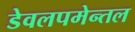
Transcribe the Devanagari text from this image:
डेवलपमेन्तल